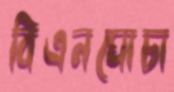
বিএনঘোচা